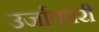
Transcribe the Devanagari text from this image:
उर्जाकारी